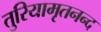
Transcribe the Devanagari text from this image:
तुरियामृतनन्द